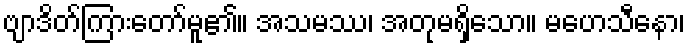
ဗျာဒိတ်ကြားတော်မူ၏။ အသမဿ၊ အတုမရှိသော။ မဟေသီနော၊